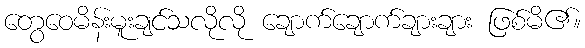
တွေဝေမိန်းမူးချင်သလိုလို ချောက်ချောက်ချားချား ဖြစ်မိ၏။